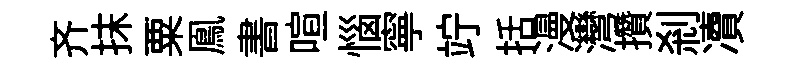
齐抹粟鳯書喧惱寧竚括漫灣攢刹凟